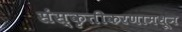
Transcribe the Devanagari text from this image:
संस्कृतीकरणामधून